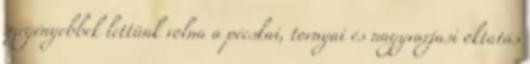
szegényebbek lettünk volna a pécskai, tornyai és nagyvarjasi oktatás